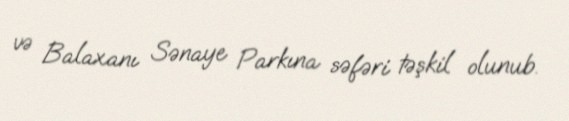
və Balaxanı Sənaye Parkına səfəri təşkil olunub.